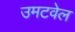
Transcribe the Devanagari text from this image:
उमटवेल